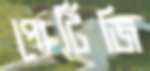
পোর্টিজি